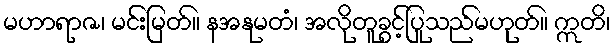
မဟာရာဇ၊ မင်းမြတ်။ နအနုမတံ၊ အလိုတူခွင့်ပြုသည်မဟုတ်။ ဣတိ၊